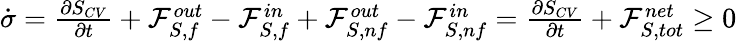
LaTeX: \begin{array}{r}{\dot{\sigma}=\frac{\partial S_{CV}}{\partial t}+\mathcal{F}_{S,f}^{out}-\mathcal{F}_{S,f}^{in}+\mathcal{F}_{S,nf}^{out}-\mathcal{F}_{S,nf}^{in}=\frac{\partial S_{CV}}{\partial t}+\mathcal{F}_{S,tot}^{net}\ge 0}\end{array}